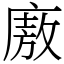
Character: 廒